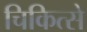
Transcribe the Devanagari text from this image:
चिकित्से